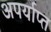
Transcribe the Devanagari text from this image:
अपर्याप्‍त